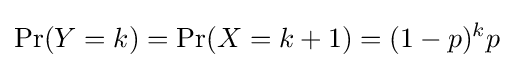
\Pr(Y=k)=\Pr(X=k+1)=(1-p)^{k}p